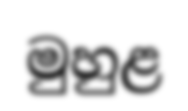
මුහුළ